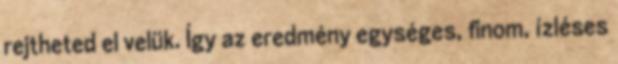
rejtheted el velük. Így az eredmény egységes, finom, ízléses